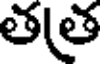
తత